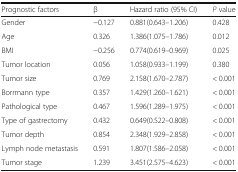
<table><thead><tr><td><b>Prognostic factors</b></td><td><b>β</b></td><td><b>Hazard ratio (95% CI)</b></td><td><b><i>P</i> value</b></td></tr></thead><tbody><tr><td>Gender</td><td>−0.127</td><td>0.881(0.643–1.206)</td><td>0.428</td></tr><tr><td>Age</td><td>0.326</td><td>1.386(1.075–1.786)</td><td>0.012</td></tr><tr><td>BMI</td><td>−0.256</td><td>0.774(0.619–0.969)</td><td>0.025</td></tr><tr><td>Tumor location</td><td>0.056</td><td>1.058(0.933–1.199)</td><td>0.380</td></tr><tr><td>Tumor size</td><td>0.769</td><td>2.158(1.670–2.787)</td><td>&lt; 0.001</td></tr><tr><td>Borrmann type</td><td>0.357</td><td>1.429(1.260–1.621)</td><td>&lt; 0.001</td></tr><tr><td>Pathological type</td><td>0.467</td><td>1.596(1.289–1.975)</td><td>&lt; 0.001</td></tr><tr><td>Type of gastrectomy</td><td>0.432</td><td>0.649(0.522–0.808)</td><td>&lt; 0.001</td></tr><tr><td>Tumor depth</td><td>0.854</td><td>2.348(1.929–2.858)</td><td>&lt; 0.001</td></tr><tr><td>Lymph node metastasis</td><td>0.591</td><td>1.807(1.586–2.058)</td><td>&lt; 0.001</td></tr><tr><td>Tumor stage</td><td>1.239</td><td>3.451(2.575–4.623)</td><td>&lt; 0.001</td></tr></tbody></table>